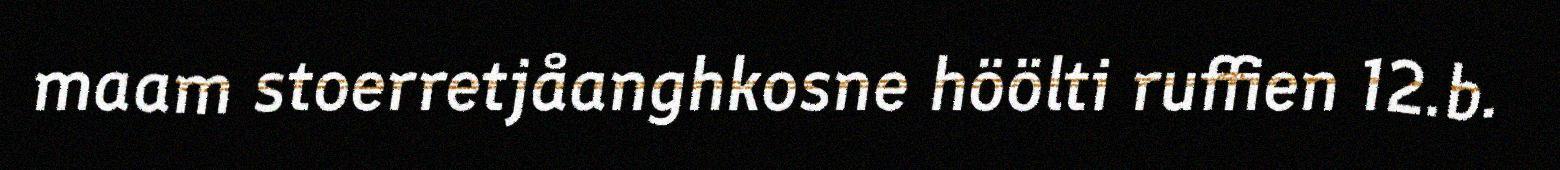
maam stoerretjåanghkosne höölti ruffien 12.b.